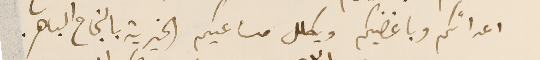
اعدائكم وباغضيكم ويكلل مساعيكم الخيرية بالنجاح الباهر.